Vaccination in Bombay 1874-1876 - 1874-1876
Year: 1874
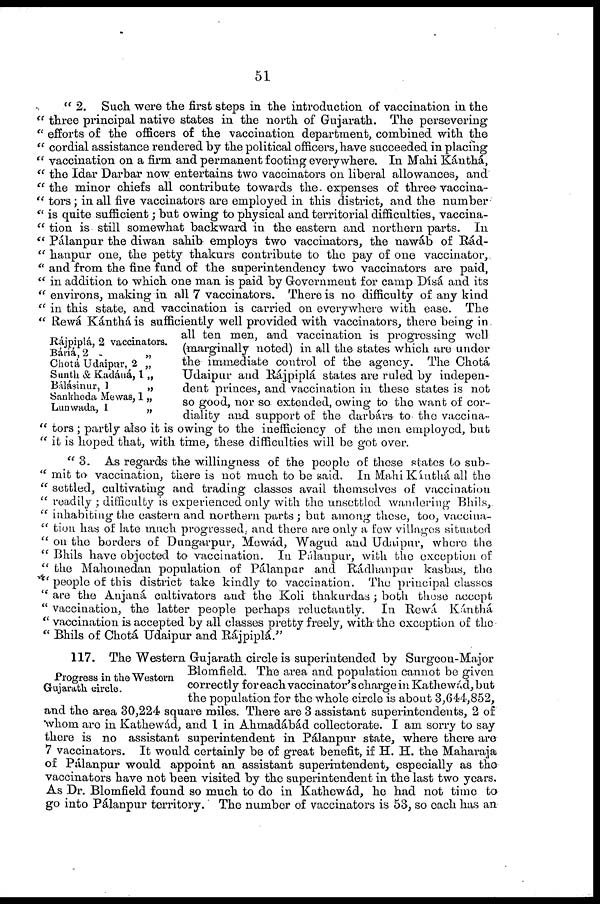
51
" 2. Such were the first steps in the introduction of vaccination in the
" three principal native states in the north of Gujarath. The persevering
" efforts of the officers of the vaccination department, combined with the
" cordial assistance rendered by the political officers, have succeeded in placing
" vaccination on a firm and permanent footing everywhere. In Mahi Kánthá,
" the Idar Darbar now entertains two vaccinators on liberal allowances, and
" the minor chiefs all contribute towards the expenses of three vaccina¬
" tors ; in all five vaccinators are employed in this district, and the number
" is quite sufficient; but owing to physical and territorial difficulties, vaccina¬
" tion is still somewhat backward in the eastern and northern parts. In
" Pálanpur the diwan sahib employs two vaccinators, the nawáb of Rád¬
" hanpur one, the petty thakurs contribute to the pay of one vaccinator,
" and from the fine fund of the superintendency two vaccinators are paid,
" in addition to which one man is paid by Government for camp Dísá and its
" environs, making in all 7 vaccinators. There is no difficulty of any kind
" in this state, and vaccination is carried on everywhere with ease. The
" Rewá Kánthá is sufficiently well provided with vaccinators, there being in
all ten men, and vaccination is progressing well
(marginally noted) in all the states which are under
the immediate control of the agency. The Chotá
Udaipur and Rájpiplá states are ruled by indepen-
dent princes, and vaccination in these states is not
so good, nor so extended, owing to the want of cor-
diality and support of the darbárs to the vaccina¬
" tors ; partly also it is owing to the inefficiency of the men employed, but
" it is hoped that, with time, these difficulties will be got over.
Rájpiplá, 2 vaccinators.
Báriá, 2
„
Chotá Udaipur, 2 „
Sunth & Kadáná, 1 „
Bálásinur, 1
„
Sankheda Mewas, 1 „
Lunwada, 1
„
" 3 As regards the willingness of the people of these states to sub¬
" mit to vaccination, there is not much to be said. In Mahi Kánthá all the
" settled, cultivating and trading classes avail themselves of vaccination
" readily ; difficulty is experienced only with the unsettled wandering Bhils,
" inhabiting the eastern and northern parts ; but among these, too, vaccina¬
" tion has of late much progressed, and there are only a few villages situated
" on the borders of Dungarpur, Mewád, Wagud and Udaipur, where the
" Bhils have objected to vaccination. In Pálanpur, with the exception of
" the Mahomedan population of Pálanpur and Rádhanpur kasbas, the
" people of this district take kindly to vaccination. The principal classes
" are the Aujaná cultivators and the Koli thakurdas ; both these accept
" vaccination, the latter people perhaps reluctantly. In Rewá Kánthá
" vaccination is accepted by all classes pretty freely, with the exception of the
" Bhils of Chotá Udaipur and Rájpiplá."
Progress in the Western
Gujarath circle.
117. The Western Gujarath circle is superintended by Surgeon-Major
Blomfield. The area and population cannot be given
correctly foreach vaccinator's charge in Kathewád, but
the population for the whole circle is about 3,644,852,
and the area 30,224 square miles. There are 3 assistant superintendents, 2 of
whom are in Kathewád, and 1 in Ahmadábád collectorate. I am sorry to say
there is no assistant superintendent in Pálanpur state, where there are
7 vaccinators. It would certainly be of great benefit, if H. H. the Maharaja
of Pálanpur would appoint an assistant superintendent, especially as the
vaccinators have not been visited by the superintendent in the last two years.
As Dr. Blomfield found so much to do in Kathewád, he had not time to
go into Pálanpur territory. The number of vaccinators is 53, so each has an